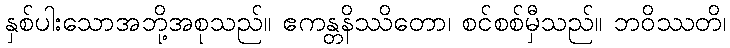
နှစ်ပါးသောအဘို့အစုသည်။ ဧကန္တနိဿိတော၊ စင်စစ်မှီသည်။ ဘဝိဿတိ၊